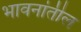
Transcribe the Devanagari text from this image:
भावनांतील